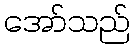
အော်သည်